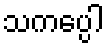
သကပ္ပေါ